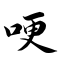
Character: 哽